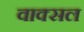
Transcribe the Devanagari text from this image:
वाक्‍सल